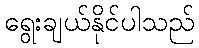
ရွေးချယ်နိုင်ပါသည်